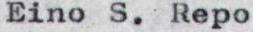
Eino S.Repo